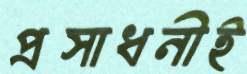
প্রসাধনীই